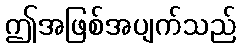
ဤအဖြစ်အပျက်သည်